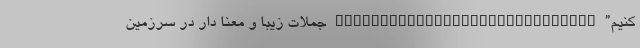
کنیم” _____________________________ جملات زیبا و معنا دار در سرزمین